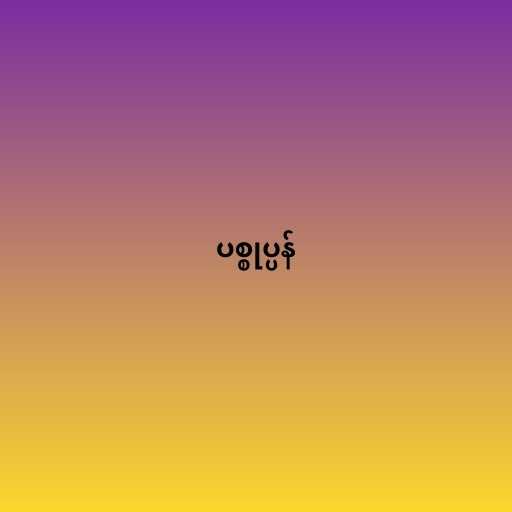
ပစ္စုပ္ပန်